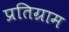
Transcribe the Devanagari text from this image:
प्रतिग्राम